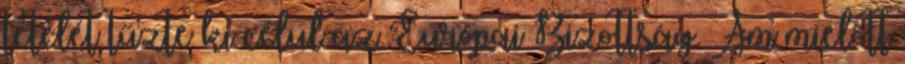
tételét tűzte ki célul az Európai Bizottság. Ám mielőtt